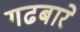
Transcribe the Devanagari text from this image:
गढबारे